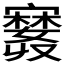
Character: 𪧲